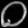
Digit: ၀